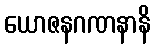
ယောဇနဂဏနာနိ